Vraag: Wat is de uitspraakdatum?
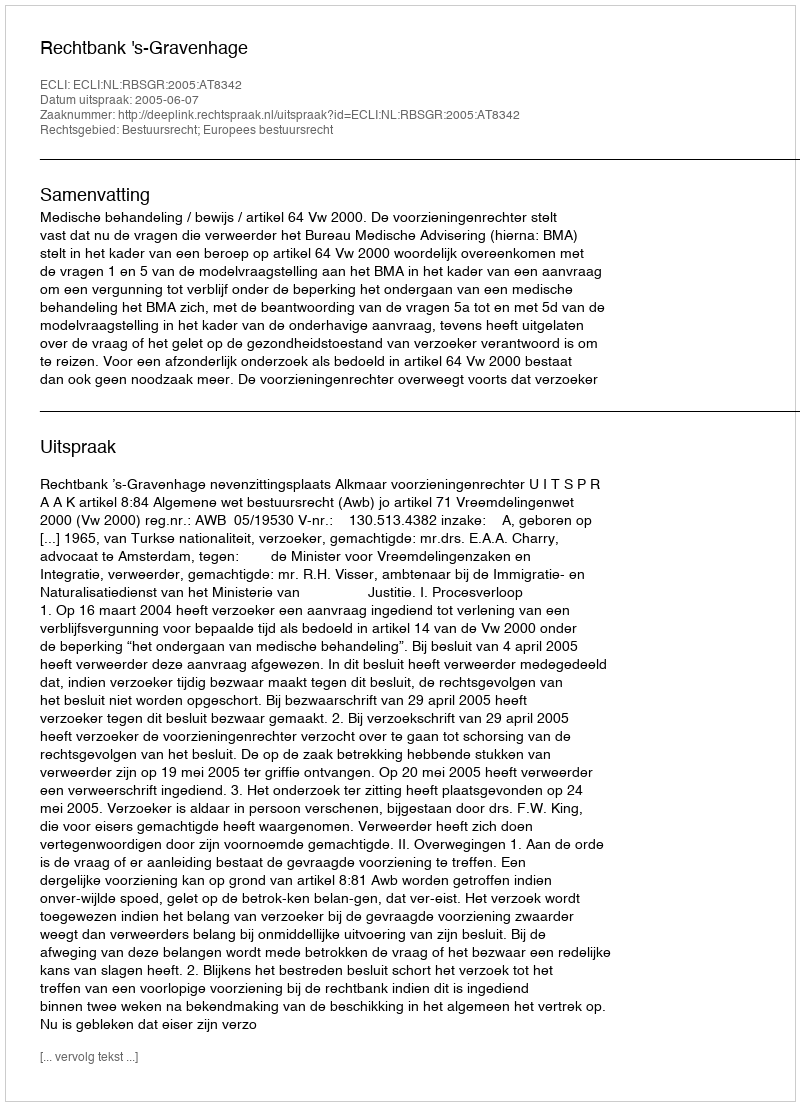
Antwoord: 2005-06-07